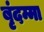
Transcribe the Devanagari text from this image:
बृंदम्मा